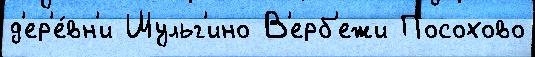
д'ер'е́вн'и Шульг'ино В'ерб'ежи Посохово